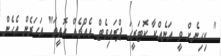
" ކިހިނެށް ވީ އަނެއްކާ ކޮޓަރީގަ ޕްރައިވެޓް އެއްޗެއް އޮތީތަ" އަހަރެން އެހެން